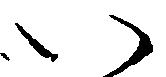
い